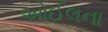
ઓઈલના